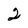
Character: 2